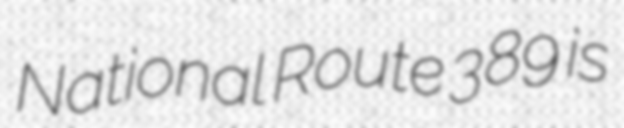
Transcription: National Route 389 is